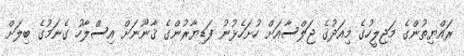
ރައްޔިތުންގެ މަޖިލީހުގެ މިއަދުގެ ޖަލްސާއަށް ހުށަހެޅުނު ފަޑިޔާރުންގެ ޤާނޫނަށް އިސްލާހު ގެނަމުގެ ބިލަށް